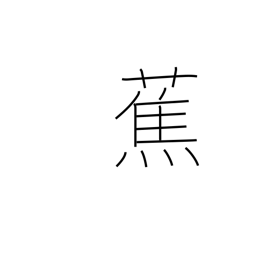
Meaning: plantain